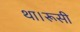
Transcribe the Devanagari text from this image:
था।रूसी